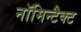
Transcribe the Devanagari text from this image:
नॉमिन्टैक्ट